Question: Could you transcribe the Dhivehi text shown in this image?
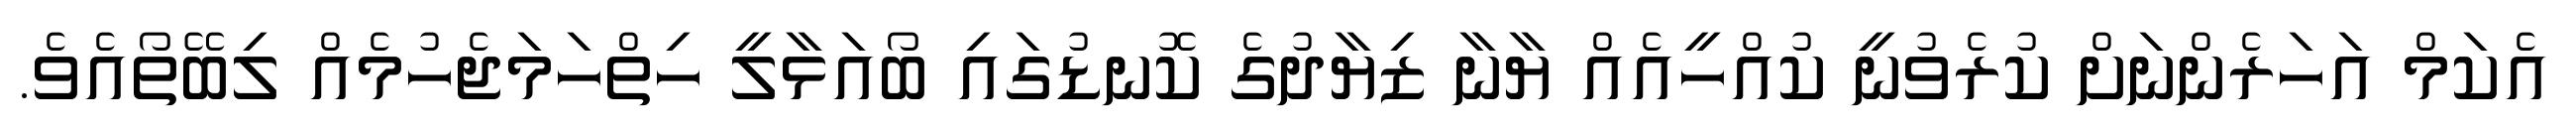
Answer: އެކަމް އަހަރެންނަށް ކުރެވުނީ ކުއްހީއެއް ޔާނާ ޒިޔާދުގެ ކޮނޑުގައި ބޯއަޅާލީ ހިތްހަމަޖެހުމެއް ލިބޭތޯއެވެ.